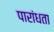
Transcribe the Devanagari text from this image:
पारांधता